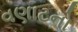
વણાટનો